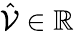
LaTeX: \hat{\mathcal{V}}\in\mathbb{R}